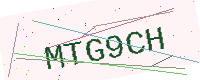
Text: MTG9CH